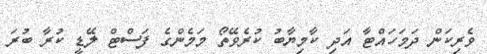
ވެރިކަން ދަމަހައްޓާ އަދި ކާމިޔާބު ކުރެވޭތޯ މަމެންގެ ފަސްޓް ލޭޑީ ކުރާ ބުރަ